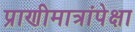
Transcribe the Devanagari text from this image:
प्राणीमात्रांपेक्षा